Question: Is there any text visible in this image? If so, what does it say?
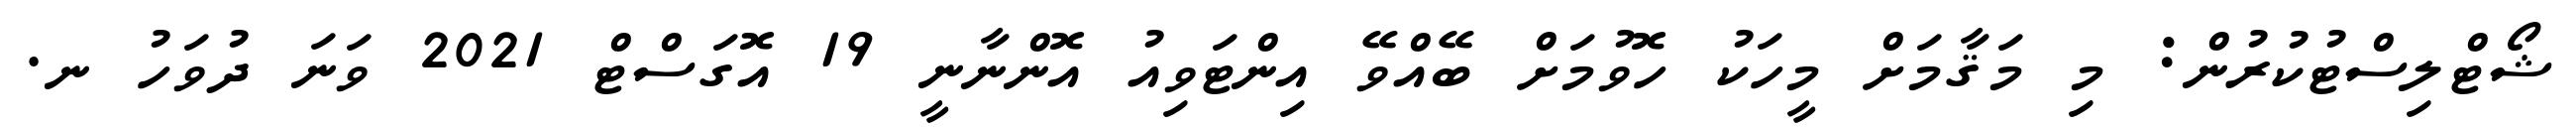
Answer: ޝޯޓްލިސްޓުކުރުން: މި މަޤާމަށް މީހަކު ހޮވުމަށް ބޭއްވޭ އިންޓަވިއު އޮންނާނީ 19 އޮގަސްޓް 2021 ވަނަ ދުވަހު ނ.